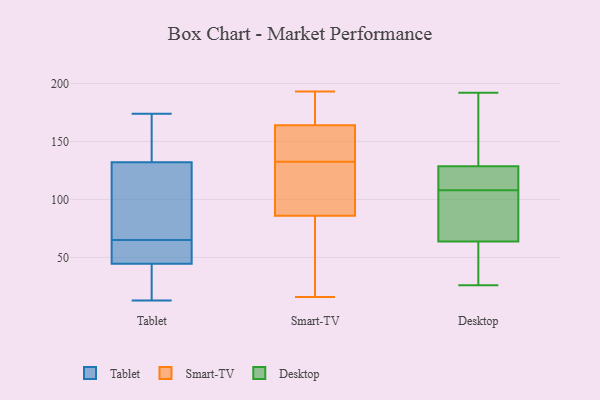
{"axis": {"x": "Conversion Rate (%)", "y": "Value"}, "legend": ["Desktop", "Smart-TV", "Tablet"], "data": [{"x": "", "y": 27, "type": "Tablet"}, {"x": "", "y": 50, "type": "Tablet"}, {"x": "", "y": 102, "type": "Tablet"}, {"x": "", "y": 13, "type": "Tablet"}, {"x": "", "y": 174, "type": "Tablet"}, {"x": "", "y": 146, "type": "Tablet"}, {"x": "", "y": 49, "type": "Tablet"}, {"x": "", "y": 142, "type": "Tablet"}, {"x": "", "y": 43, "type": "Tablet"}, {"x": "", "y": 65, "type": "Tablet"}, {"x": "", "y": 79, "type": "Tablet"}, {"x": "", "y": 126, "type": "Smart-TV"}, {"x": "", "y": 150, "type": "Smart-TV"}, {"x": "", "y": 140, "type": "Smart-TV"}, {"x": "", "y": 164, "type": "Smart-TV"}, {"x": "", "y": 176, "type": "Smart-TV"}, {"x": "", "y": 67, "type": "Smart-TV"}, {"x": "", "y": 103, "type": "Smart-TV"}, {"x": "", "y": 173, "type": "Smart-TV"}, {"x": "", "y": 21, "type": "Smart-TV"}, {"x": "", "y": 172, "type": "Smart-TV"}, {"x": "", "y": 139, "type": "Smart-TV"}, {"x": "", "y": 193, "type": "Smart-TV"}, {"x": "", "y": 86, "type": "Smart-TV"}, {"x": "", "y": 94, "type": "Smart-TV"}, {"x": "", "y": 79, "type": "Smart-TV"}, {"x": "", "y": 149, "type": "Smart-TV"}, {"x": "", "y": 16, "type": "Smart-TV"}, {"x": "", "y": 106, "type": "Smart-TV"}, {"x": "", "y": 26, "type": "Desktop"}, {"x": "", "y": 101, "type": "Desktop"}, {"x": "", "y": 159, "type": "Desktop"}, {"x": "", "y": 128, "type": "Desktop"}, {"x": "", "y": 126, "type": "Desktop"}, {"x": "", "y": 166, "type": "Desktop"}, {"x": "", "y": 192, "type": "Desktop"}, {"x": "", "y": 61, "type": "Desktop"}, {"x": "", "y": 129, "type": "Desktop"}, {"x": "", "y": 128, "type": "Desktop"}, {"x": "", "y": 91, "type": "Desktop"}, {"x": "", "y": 72, "type": "Desktop"}, {"x": "", "y": 32, "type": "Desktop"}, {"x": "", "y": 36, "type": "Desktop"}, {"x": "", "y": 126, "type": "Desktop"}, {"x": "", "y": 185, "type": "Desktop"}, {"x": "", "y": 43, "type": "Desktop"}, {"x": "", "y": 108, "type": "Desktop"}, {"x": "", "y": 83, "type": "Desktop"}]}